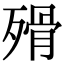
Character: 𣨺